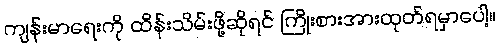
ကျန်းမာရေးကို ထိန်းသိမ်းဖို့ဆိုရင် ကြိုးစားအားထုတ်ရမှာပေါ့။